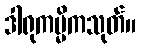
ဒါရုကမ္မိကသုတ်။